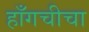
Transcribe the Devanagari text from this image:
हाँगचीचा